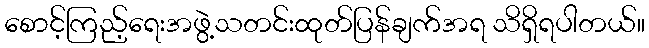
စောင့်ကြည့်ရေးအဖွဲ့သတင်းထုတ်ပြန်ချက်အရ သိရှိရပါတယ်။